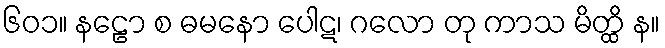
၆၀၁။ နဠော စ ဓမနော ပေါဋ၊ ဂလော တု ကာသ မိတ္ထိ န။